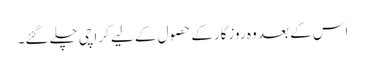
اس کے بعد وہ روزگارکے حصول کے لیے کراچی چلے گئے۔